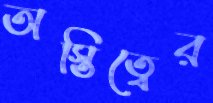
অস্তিত্বের